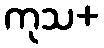
ကုသ+